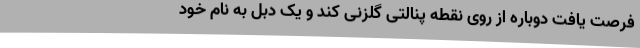
فرصت یافت دوباره از روی نقطه پنالتی گلزنی کند و یک دبل به نام خود